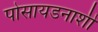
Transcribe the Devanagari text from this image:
पोसायडनाशी